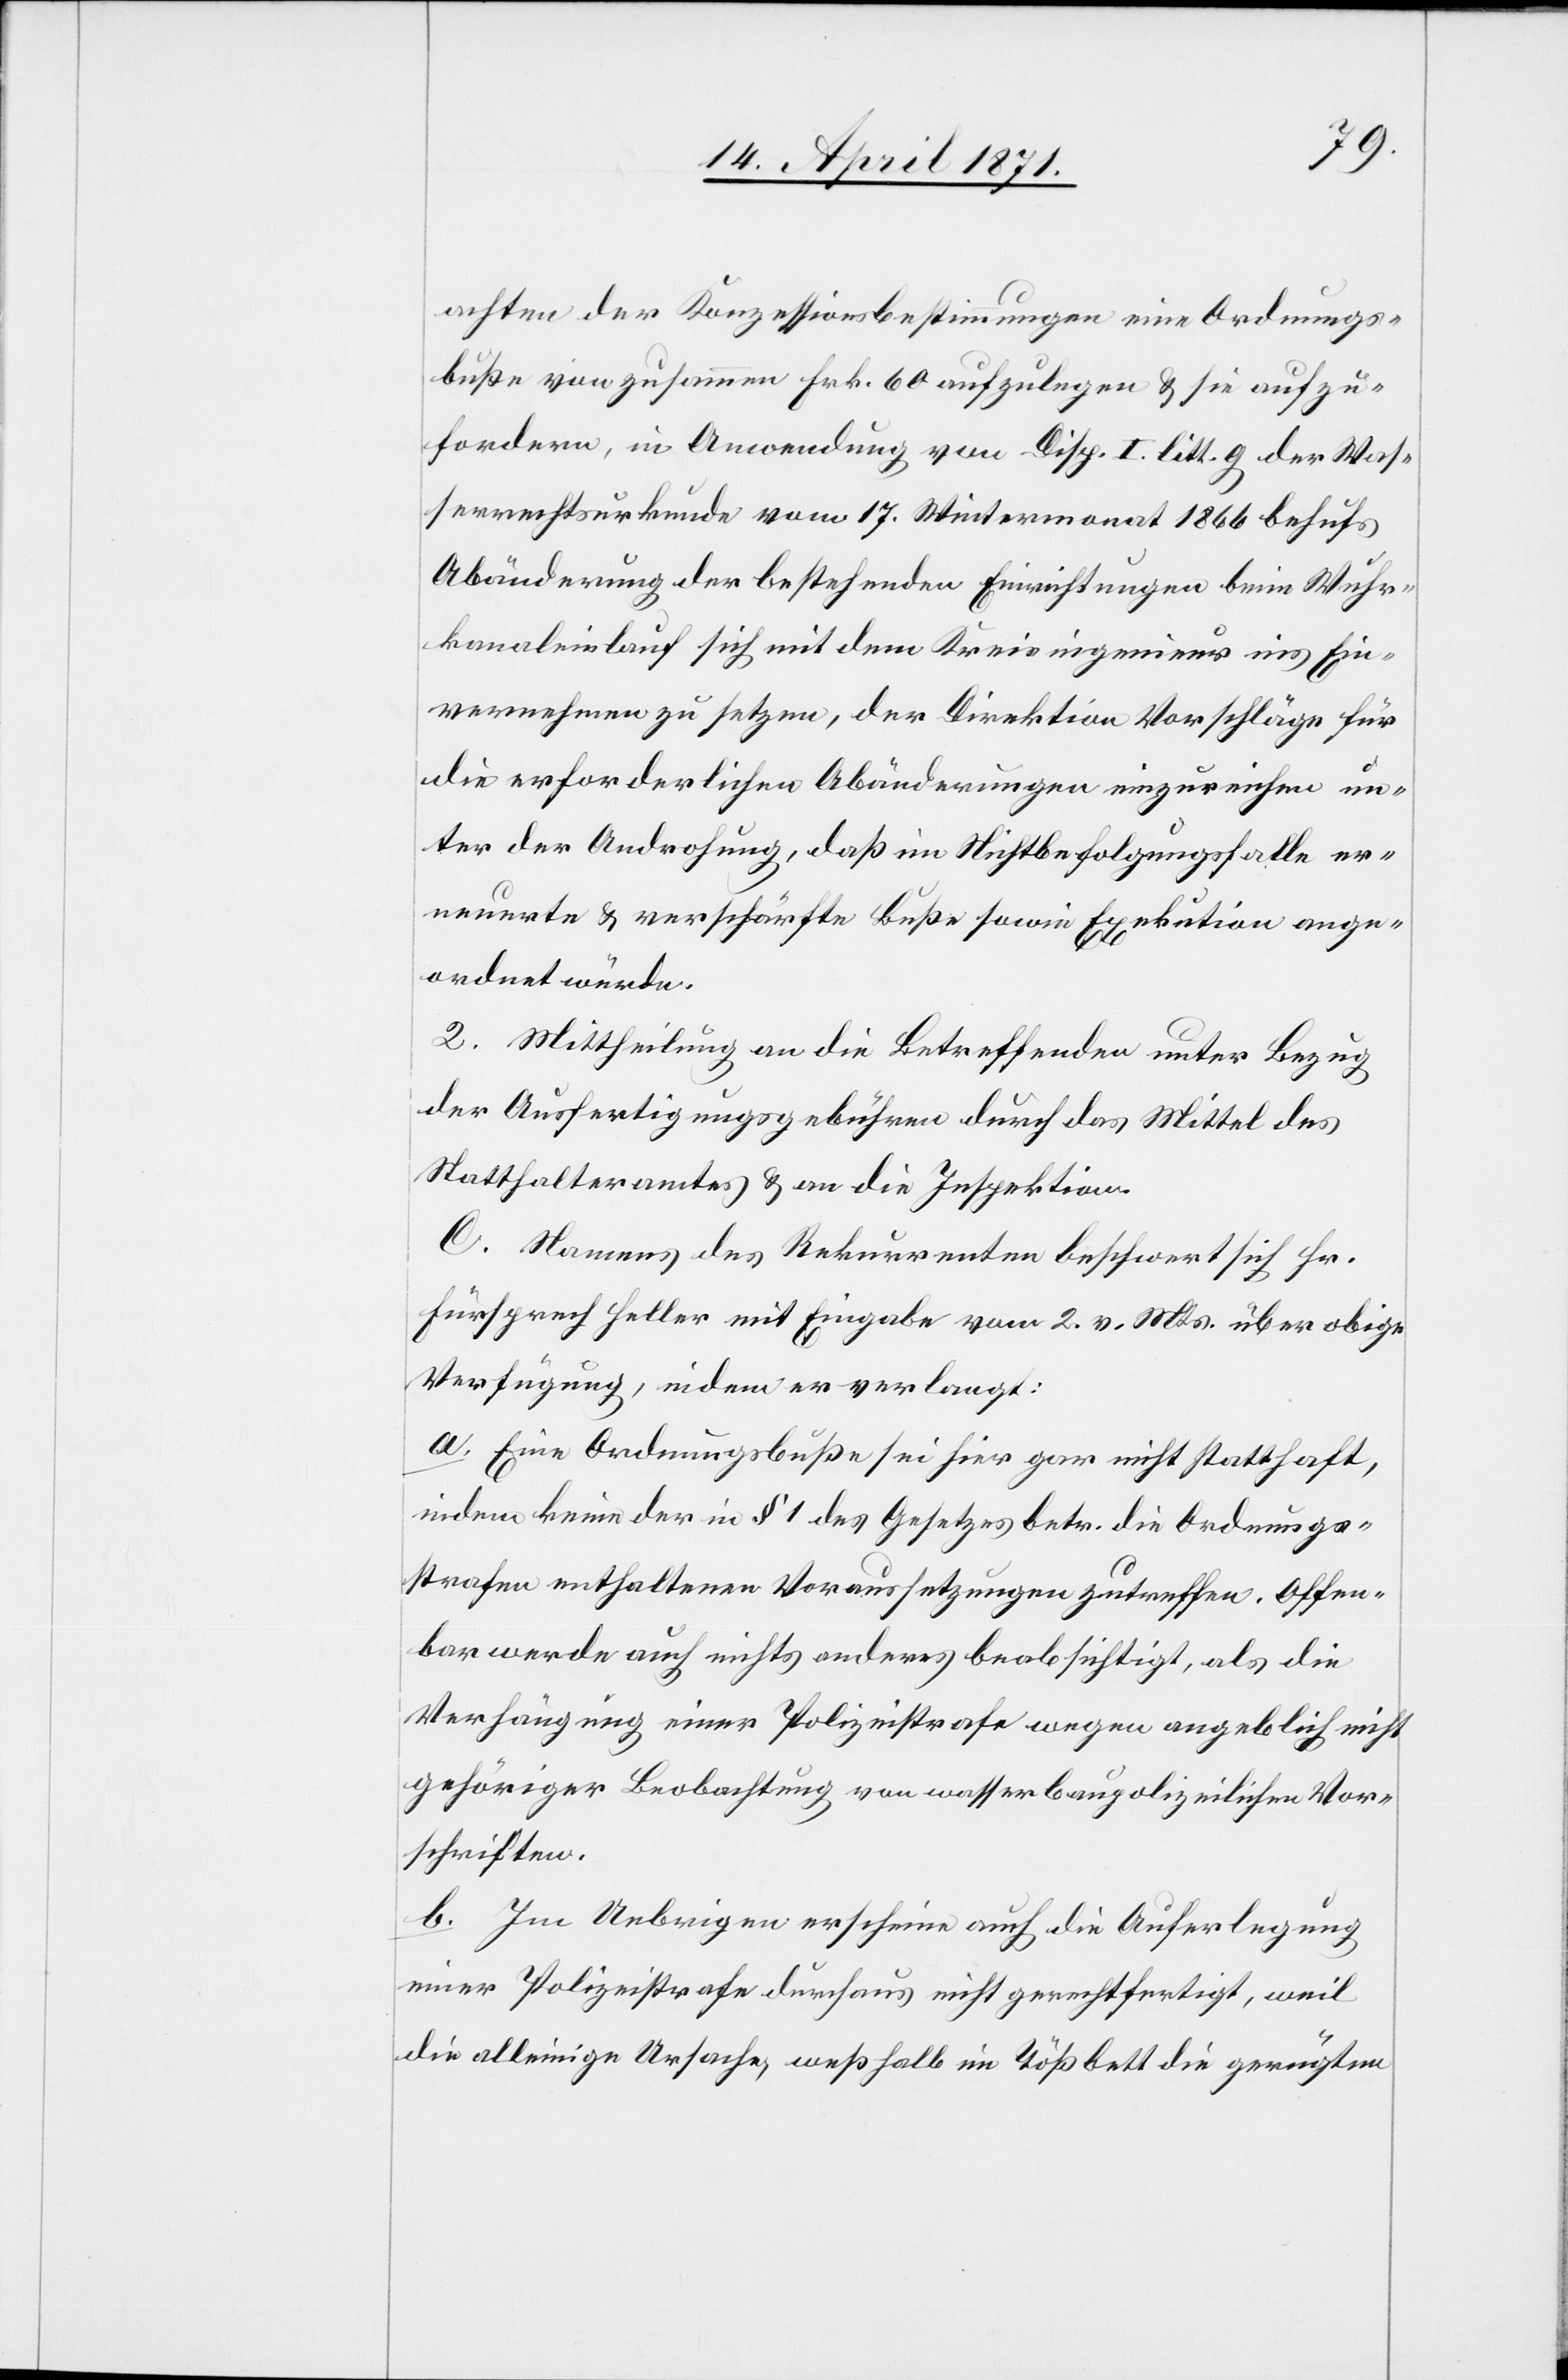
achten der Konzessionsbestimmungen eine Ordnungs¬
buße von zusammen Frk. 60 aufzulegen u. sie aufzu¬
fordern, in Anwendung von Disp. I litt. g der Was¬
serrechtsurkunde vom 17. Wintermonat 1866 behufs
Abänderung der bestehenden Einrichtungen beim Wuhr¬
kanaleinlauf sich mit dem Kreisingenieur ins Ein¬
vernehmen zu setzen, der Direktion Vorschläge für
die erforderlichen Abänderungen einzureichen un¬
ter der Androhung, daß im Nichtbefolgungsfalle er¬
neuerte u. verschärfte Buße sowie Exekution ange¬
ordnet würde.
2. Mittheilung an die Betreffenden unter Bezug
der Ausfertigungsgebühren durch das Mittel des
Statthalteramtes u. an die Inspektion.
C. Namens des Rekurrenten beschwert sich Hr.
Fürsprech Heller mit Eingabe vom 2. v. Mts. über obige
Verfügung, indem er verlangt:
a. Eine Ordnungsbuße sei hier gar nicht statthaft,
indem keine der in § 1 des Gesetzes betr. die Ordnungs¬
strafen enthaltenen Voraussetzungen zutreffen. Offen¬
bar werde auch nichts anderes beabsichtigt, als die
Verhängung einer Polizeistrafe wegen angeblich nicht
gehöriger Beobachtung von wasserbaupolizeilichen Vor¬
schriften.
b. Im Uebrigen erscheine auch die Auferlegung
einer Polizeistrafe durchaus nicht gerechtfertigt, weil
alleinige Ursache, weßhalb im Tößbett die gerügten